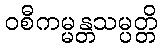
ဝစီကမ္မန္တသမ္ပတ္တိ